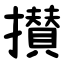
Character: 攅